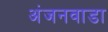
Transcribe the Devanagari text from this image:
अंजनवाडा